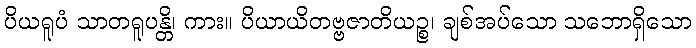
ပိယရူပံ သာတရူပန္တိ၊ ကား။ ပိယာယိတဗ္ဗဇာတိယဉ္စ၊ ချစ်အပ်သော သဘောရှိသော